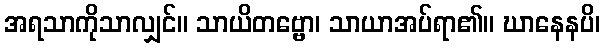
အရသာကိုသာလျှင်။ သာယိတဗ္ဗော၊ သာယာအပ်ရာ၏။ ဃာနေနပိ၊